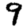
Digit: 9